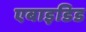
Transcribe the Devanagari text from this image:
एबाइडिड